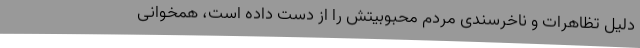
دلیل تظاهرات و ناخرسندی مردم محبوبیتش را از دست داده است، همخوانی